Senior Leaving Certificate Examination (including Day School Certificate (Higher) General paper), 1949
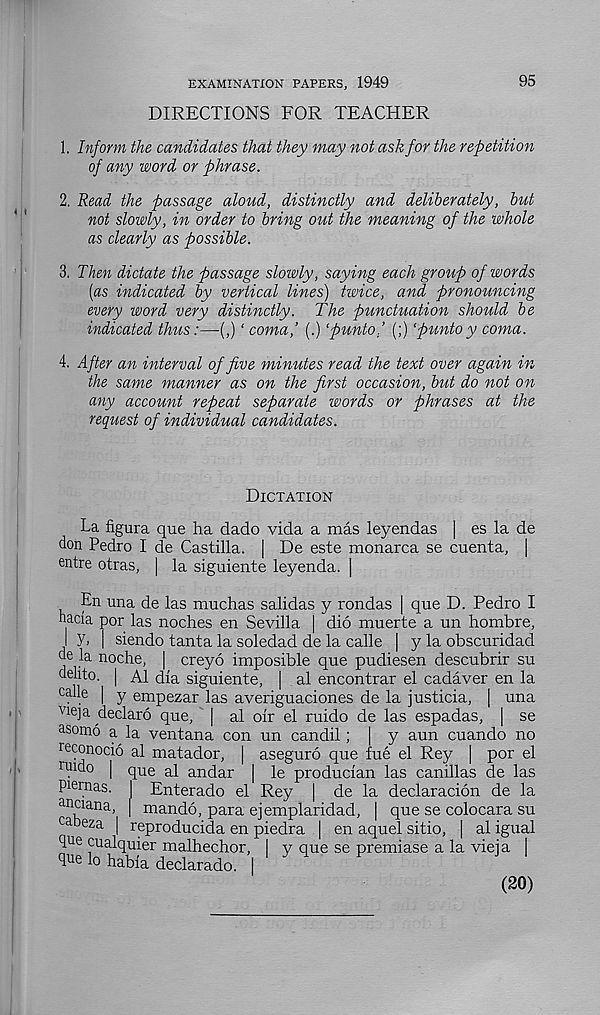
EXAMINATION PAPERS, 1949
DIRECTIONS FOR TEACHER
95
1. Inform the candidates that they may not ask for the repetition
of any word or phrase.
2. Read, the passage aloud, distinctly and deliberately, but
not slowly, in order to bring out the meaning of the whole
as clearly as possible.
3. Then dictate the passage slowly, saying each group of words
[as indicated by vertical lines) twice, and pronouncing
every word very distinctly. The punctuation should be
indicated thus:—(,) ‘ coma,’ (.) ‘punto,’ (;) ‘puntoy coma.
4. After an interval of five minutes read the text over again in
the same manner as on the first occasion, but do not on
any account repeat separate words or phrases at the
request of individual candidates.
Dictation
La figura que ha dado vida a mas leyendas | es la de
don Pedro I de Castilla. | De este monarca se cuenta, |
entre otras, | la siguiente leyenda. |
En una de las muchas salidas y rondas | que D. Pedro I
hacla por las noches en Sevilla | did muerte a un hombre,
I Y> | siendo tanta la soledad de la calle | y la obscuridad
de la noche, | creyo imposible que pudiesen descubrir su
delito. | A1 dia siguiente, | al encontrar el cadaver en la
ealle | y empezar las averiguaciones de la justicia, | una
v ie]a declaro que, | al oir el ruido de las espadas, ] se
a som6 a la ventana con un candil; | y aun cuando no
reconocio al matador, | aseguro que fue el Rey | por el
mido | que al andar | le producian las canillas de las
piernas. | Enterado el Rey | de la declaracion de la
anciana, | mando, para ejemplaridad, | que se colocara su
cabeza [ reproducida en piedra | en aquel sitio, | al igual
due cualquier malhechor, I y que se premiase a la vieia I
due lo habia declarado. I
(20)